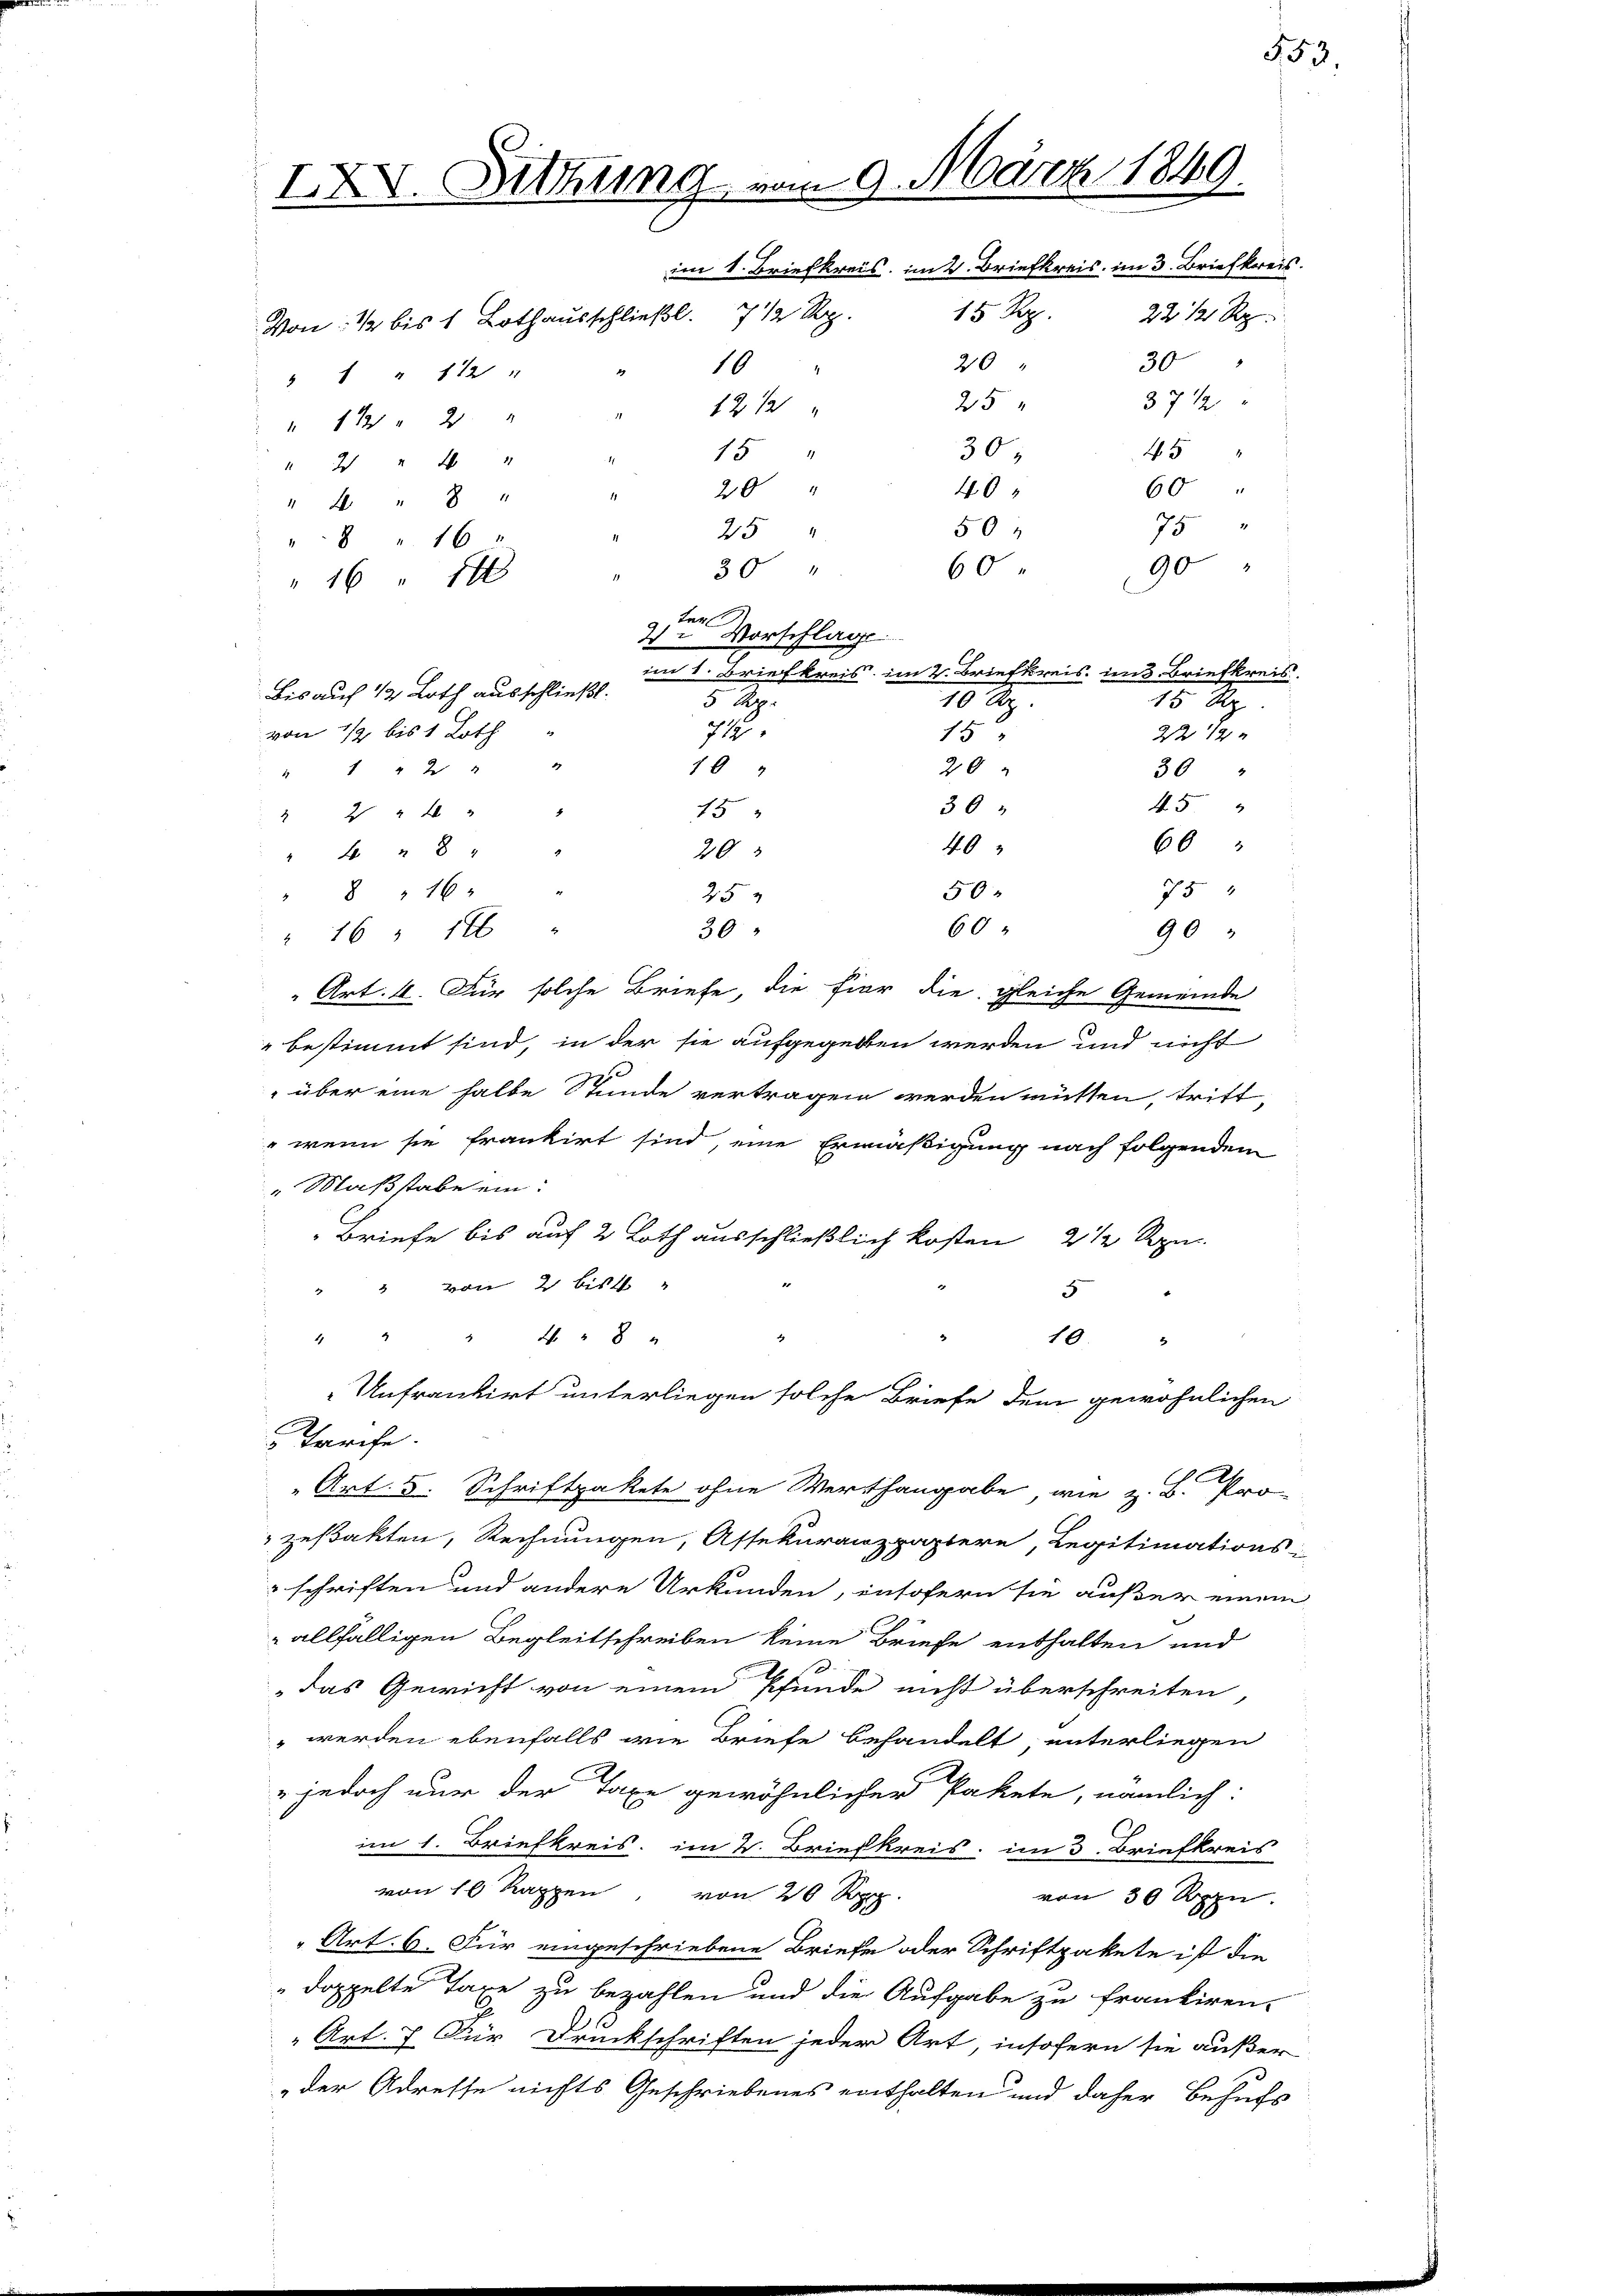
IX. Sitzung vom 9. März 1849.
im 1. Briefkreis, im 2. Briefkreis im 3. Briefkreis.
15 Rp.
22 1/2 Rp.
Von: ½ bis 1 Lothausschließl. 7 1/2 Rp.
30
20 "
10
" " " 112 "
37 1/2
25
12 ½
" 11 " 2 "
45 "
30
15 "
" 2 " 4 "
60
20 "
40
4
" 4 " 8 "
75
50
25 "

8 " 16 "
30
16 x
Lat
2. Vorschlage
Bis auf 12 Loth ausschließt.
5 Rp.
714.
von 1/2 bis 1 Loth
10
" " " 2 " "
15
     2
203
" " 8 " "
"8 " 16
25
30
" 16 " 16 "
Art. 4. Für solche Briefe, die hier die gleiche Gemeinde
" bestimmt sind, in der sie aufgegeben werden und nicht
" über eine halbe Stunde vertragen werden müssen, tritt,
" wenn sie frankirt sind, eine Ermäßigung nach folgendem
"Maßstabe ein:
Briefe bis auf 2 Loth ausschließlich kosten 2 1/2 Rpn.
" " von 2 bist
5
4
 4 x 2
48
18.
Unfrankirt unterliegen solche Briefe dem gewöhnlichen
Tarife.
Art. 5. Schriftpakete ohne Werthangabe, wie z. B. Pro-
zeßakten, Rechnungen, Assekuranzpapiere, Legitimations-
schriften und andere Urkunden, insofern sie außer einem
" allfälligen Begleitschreiben keine Briefe enthalten und
„das Gewicht von einem Pfunde nicht überschreiten
 werden ebenfalls wie Briefe behandelt, unterliegen
" jedoch nur der Taxe gewöhnlicher Pakete, nämlich:
s
im 1. Briefkreis im 2. Briefkreis, im 3. Briefkreis
von Kappen von 20 Rp.
von 30 Rppn.
"Art. 6. Für eingeschriebene Briefe oder Schriftpakete ist die
doppelte Taxe zu bezahlen und die Aufgabe zu frankiren.
Art. 7. Für Druckschriften jeder Art, insofern sie außer
der Adresse nichts Geschriebenes enthalten und daher Behufs

90
60
im 1. Briefkreis im 2. Briefkreis im 3. Briefkreis.
10. Ap
15 d
15
22 12 x
20
30 "
45
36
66
40
75
50
60
90

553.